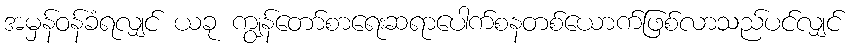
အမှန်ဝန်ခံရလျှင် ယခု ကျွန်တော်စာရေးဆရာပေါက်စနတစ်ယောက်ဖြစ်လာသည်ပင်လျှင်